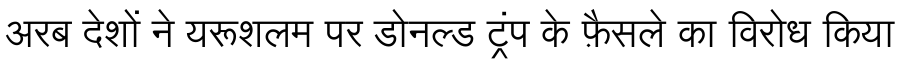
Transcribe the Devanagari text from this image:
अरब देशों ने यरूशलम पर डोनल्ड ट्रंप के फ़ैसले का विरोध किया